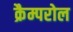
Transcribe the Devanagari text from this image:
क्रैम्परोल